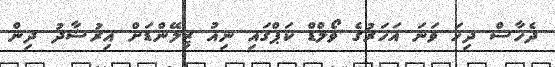
ދެހާސް ދިހަ ވަނަ އަހަރުގެ ވޯލްޑް ކަޕްގައި ނިއު ޒިލޭންޑަށް އިރުޝާދު ދިން